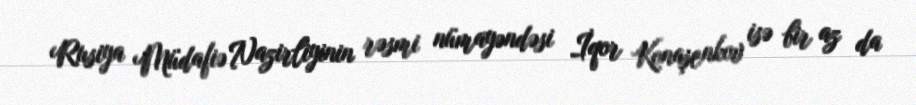
Rusiya Müdafiə Nazirliyinin rəsmi nümayəndəsi İqor Konaşenkov isə bir az da